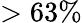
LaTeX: >63\%